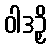
ဝါဒဉှိ